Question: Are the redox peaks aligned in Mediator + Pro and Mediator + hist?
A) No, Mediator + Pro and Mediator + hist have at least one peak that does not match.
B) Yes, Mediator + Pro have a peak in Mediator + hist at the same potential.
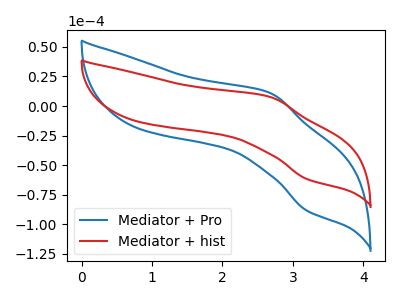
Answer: <think>The blue curve "Mediator + Pro" has an anodic peak at (2.65V, 11.20uA) and a cathodic peak at (3.20V, -88.55uA). The red curve "Mediator + hist" has an anodic peak at (2.65V, 7.80uA) and a cathodic peak at (3.20V, -61.80uA).</think>
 <answer>B) Yes, "Mediator + Pro" have a peak in "Mediator + hist" at the same potential.</answer>
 <eval>B</eval>